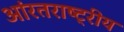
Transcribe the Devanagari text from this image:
आंरतराष्ट्रीय